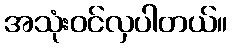
အသုံးဝင်လှပါတယ်။